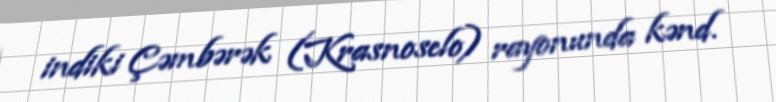
indiki Çəmbərək (Krasnoselo) rayonunda kənd.